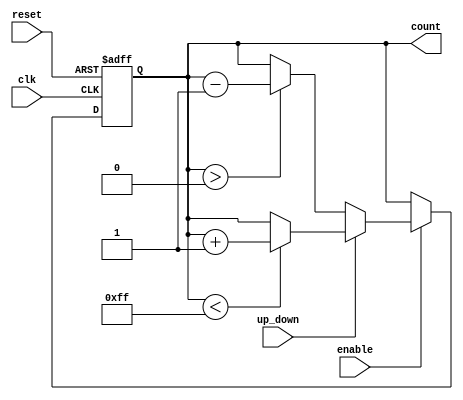
module up_down_counter (
    input wire clk,          // Clock signal
    input wire reset,        // Asynchronous reset signal
    input wire enable,       // Enable signal for counting
    input wire up_down,      // Control signal: 1 for up, 0 for down
    output reg [7:0] count   // 8-bit count value (adjust size as necessary)
);

// Maximum counter value
parameter MAX_COUNT = 8'hFF; // 255 in decimal for an 8-bit counter

// Asynchronous reset and counting logic
always @(posedge clk or posedge reset) begin
    if (reset) begin
        // Reset count to zero
        count <= 8'b0;
    end else if (enable) begin
        if (up_down) begin
            // Increment logic
            if (count < MAX_COUNT) begin
                count <= count + 1;
            end
        end else begin
            // Decrement logic
            if (count > 0) begin
                count <= count - 1;
            end
        end
    end
end

endmodule